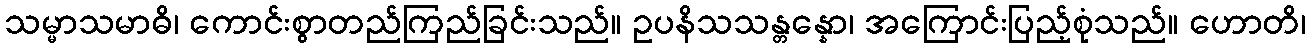
သမ္မာသမာဓိ၊ ကောင်းစွာတည်ကြည်ခြင်းသည်။ ဥပနိသသန္တန္နော၊ အကြောင်းပြည့်စုံသည်။ ဟောတိ၊